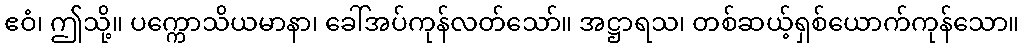
ဧဝံ၊ ဤသို့။ ပက္ကောသိယမာနာ၊ ခေါ်အပ်ကုန်လတ်သော်။ အဋ္ဌာရသ၊ တစ်ဆယ့်ရှစ်ယောက်ကုန်သော။